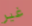
غير